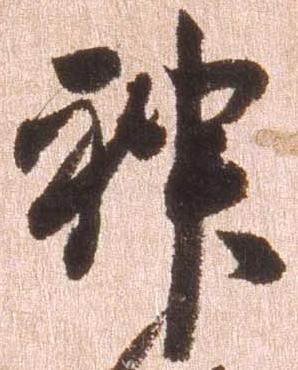
神